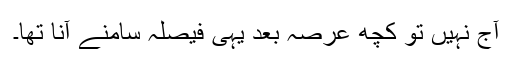
آج نہیں تو کچھ عرصہ بعد یہی فیصلہ سامنے آنا تھا۔